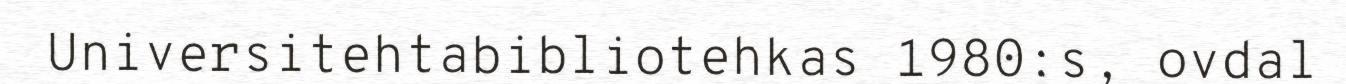
Universitehtabibliotehkas 1980:s, ovdal